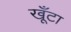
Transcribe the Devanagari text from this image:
खूँटा